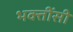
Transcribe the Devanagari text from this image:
भक्तींसी